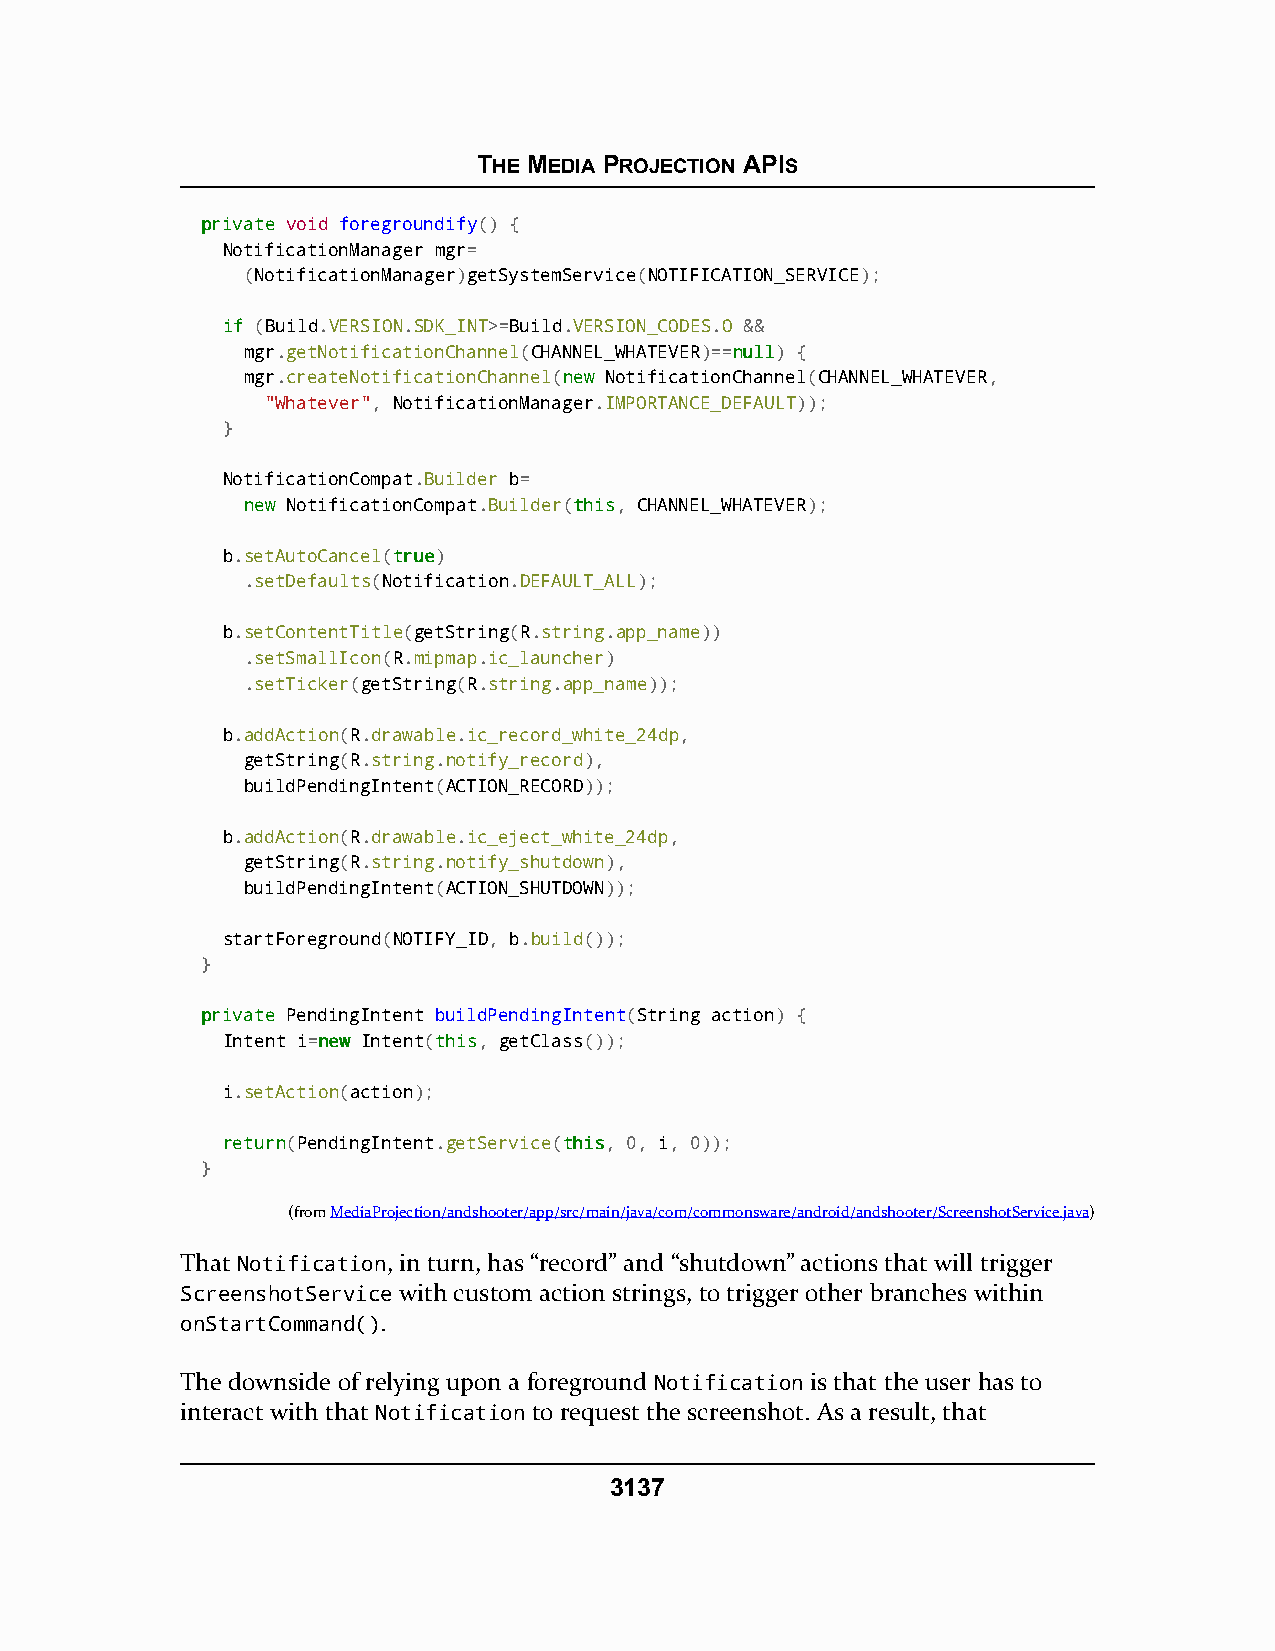
THE MEDIA PROJECTION APIS
 pprriivvaattee void foregroundify() {
 NotificationManager mgr=
 (NotificationManager)getSystemService(NOTIFICATION_SERVICE);
 iiff (Build.VERSION.SDK_INT>=Build.VERSION_CODES.O &&
 mgr.getNotificationChannel(CHANNEL_WHATEVER)==nnuullll) {
 mgr.createNotificationChannel(nneeww NotificationChannel(CHANNEL_WHATEVER,
 "Whatever", NotificationManager.IMPORTANCE_DEFAULT));
 }
 NotificationCompat.Builder b=
 nneeww NotificationCompat.Builder(tthhiiss, CHANNEL_WHATEVER);
 b.setAutoCancel(ttrruuee)
 .setDefaults(Notification.DEFAULT_ALL);
 b.setContentTitle(getString(R.string.app_name))
 .setSmallIcon(R.mipmap.ic_launcher)
 .setTicker(getString(R.string.app_name));
 b.addAction(R.drawable.ic_record_white_24dp,
 getString(R.string.notify_record),
 buildPendingIntent(ACTION_RECORD));
 b.addAction(R.drawable.ic_eject_white_24dp,
 getString(R.string.notify_shutdown),
 buildPendingIntent(ACTION_SHUTDOWN));
 startForeground(NOTIFY_ID, b.build());
 }
 pprriivvaattee PendingIntent buildPendingIntent(String action) {
 Intent i=nneeww Intent(tthhiiss, getClass());
 i.setAction(action);
 rreettuurrnn(PendingIntent.getService(tthhiiss, 0, i, 0));
 }
 (fromMediaProjection/andshooter/app/src/main/java/com/commonsware/android/andshooter/ScreenshotService.java)
 That Notification, in turn, has “record” and “shutdown” actions that will trigger
 ScreenshotService with custom action strings, to trigger other branches within
 onStartCommand().
 The downside of relying upon a foreground Notification is that the user has to
 interact with that Notification to request the screenshot. As a result, that
 3137